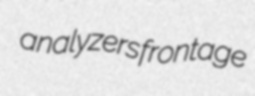
analyzers frontage